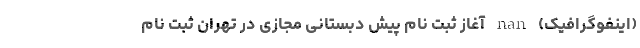
(اینفوگرافیک) nan آغاز ثبت نام پیش دبستانی مجازی در تهران ثبت نام